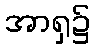
အာရှ၌